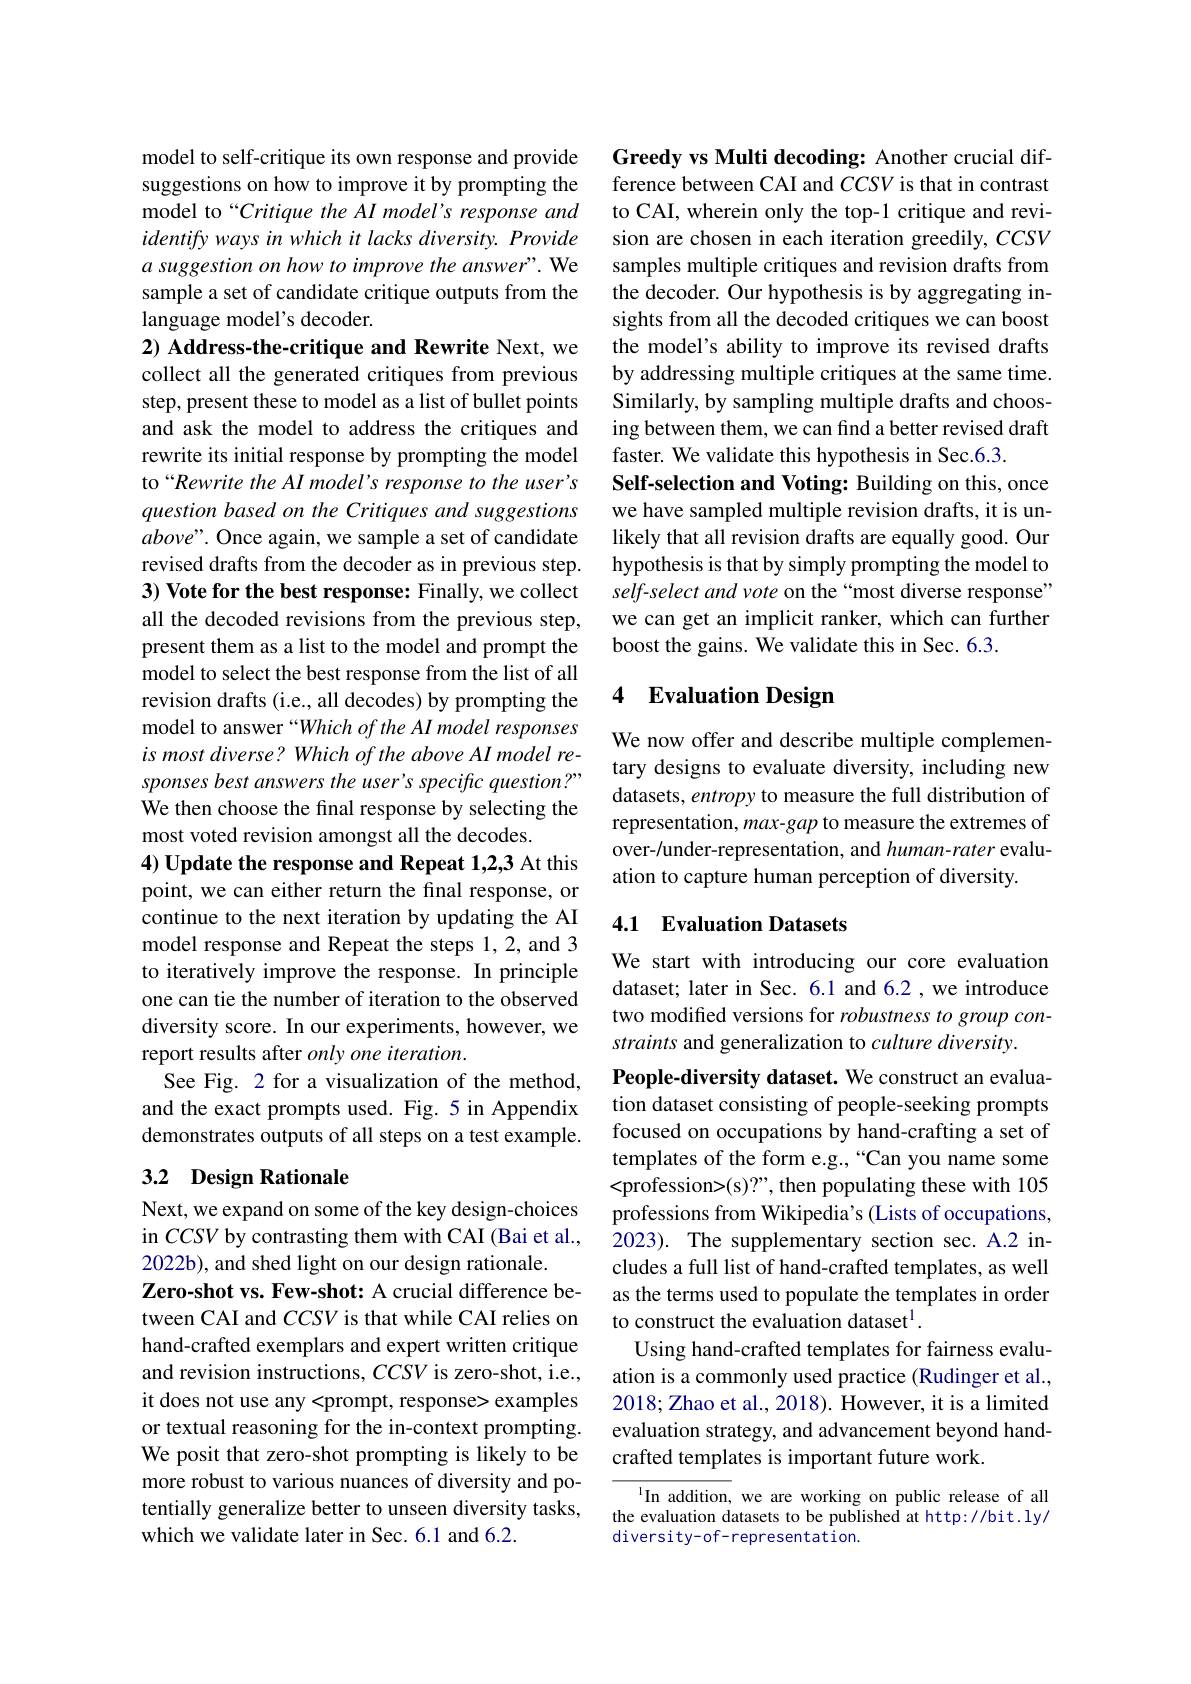
model to self-critique its own response and provide suggestions on how to improve it by prompting the model to“Critique the AI model's response and identify ways in which it lacks diversity. Provide a suggestion on how to improve the answer". We sample a set of candidate critique outputs from the language model's decoder.

2) Address-the-critique and Rewrite Next, we collect all the generated critiques from previous step, present these to model as a list of bullet points and ask the model to address the critiques and rewrite its initial response by prompting the model to“Rewrite the AI model's response to the user's question based on the Critiques and suggestions $above”.$ Once again, we sample a set of candidate revised drafts from the decoder as in previous step. 3) Vote for the best response: Finally, we collect all the decoded revisions from the previous step, present them as a list to the model and prompt the model to select the best response from the list of all revision drafts (i.e., all decodes) by prompting the model to answer “Which of the AI model responses is most diverse? Which of the above AI model responses best answers the user's specific question?" We then choose the final response by selecting the most voted revision amongst all the decodes.
4) Update the response and Repeat 1,2,3 At this point, we can either return the final response, or continue to the next iteration by updating the AI model response and Repeat the steps 1,2, and 3 to iteratively improve the response. In principle one can tie the number of iteration to the observed diversity score. In our experiments, however, we report results after only one iteration.
See Fig. 2 for a visualization of the method, and the exact prompts used. Fig. 5 in Appendix demonstrates outputs of all steps on a test example. 3.2 Design Rationale

Next, we expand on some of the key design-choices in $CCSV$ by contrasting them with CAI (Bai et al., 2022b), and shed light on our design rationale.
Zero-shot vs. Few-shot: A crucial difference between CAI and $CCSV$ is that while CAI relies on hand-crafted exemplars and expert written critique and revision instructions, $CCSV$ is zero-shot, i.e., it does not use any <prompt, response> examples or textual reasoning for the in-context prompting. We posit that zero-shot prompting is likely to be more robust to various nuances of diversity and potentially generalize better to unseen diversity tasks, which we validate later in Sec. 6.1 and 6.2.

Greedy vs Multi decoding: Another crucial difference between CAI and $CCSV$ is that in contrast to CAI, wherein only the top-1 critique and revision are chosen in each iteration greedily, $CCSV$ samples multiple critiques and revision drafts from the decoder. Our hypothesis is by aggregating insights from all the decoded critiques we can boost the model's ability to improve its revised drafts by addressing multiple critiques at the same time. Similarly, by sampling multiple drafts and choosing between them, we can find a better revised draft faster. We validate this hypothesis in Sec.6.3.
Self-selection and Voting: Building on this, once we have sampled multiple revision drafts, it is unlikely that all revision drafts are equally good. Our hypothesis is that by simply prompting the model to self-select and vote on the “most diverse response” we can get an implicit ranker, which can further boost the gains. We validate this in Sec. 6.3.

# 4 Evaluation Design

We now offer and describe multiple complementary designs to evaluate diversity, including new datasets, entropy to measure the full distribution of representation, max-gap to measure the extremes of over-/under-representation, and human-rater evaluation to capture human perception of diversity.

## 4.1 Evaluation Datasets

We start with introducing our core evaluation dataset; later in Sec. 6.1 and 6.2 ,we introduce two modified versions for robustness to group constraints and generalization to culture diversity.

People-diversity dataset. We construct an evaluation dataset consisting of people-seeking prompts focused on occupations by hand-crafting a set of templates of the form e.g.,“Can you name some <profession>(s)?", then populating these with 105 professions from Wikipedia's (Lists of occupations, 2023). The supplementary section sec. A.2 includes a full list of hand-crafted templates, as well as the terms used to populate the templates in order to construct the evaluation dataset$^{1}.$
Using hand-crafted templates for fairness evaluation is a commonly used practice (Rudinger et al., 2018; Zhao et al., 2018). However, it is a limited evaluation strategy, and advancement beyond handcrafted templates is important future work.

In addition, we are working on public release of all the evaluation datasets to be published at http://bit.ly/ diversity-of-representation.